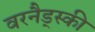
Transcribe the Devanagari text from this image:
वरनैड्स्की